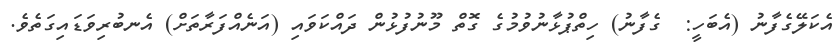
އެކަލޭގެފާނު (އެބަހީ:  ގެފާނު) ހިތްޕުޅާނުވުމުގެ ގޮތް މޫނުފުޅުން ދައްކަވައި (އަނެއްފަރާތަށް) އެނބުރިވަޑައިގަތެވެ.